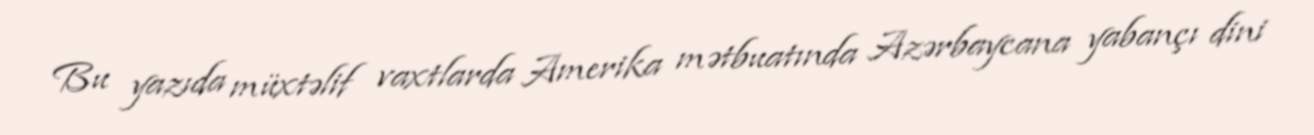
Bu yazıda müxtəlif vaxtlarda Amerika mətbuatında Azərbaycana yabançı dini